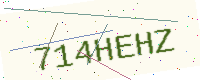
Text: 714HEHZ